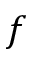
f